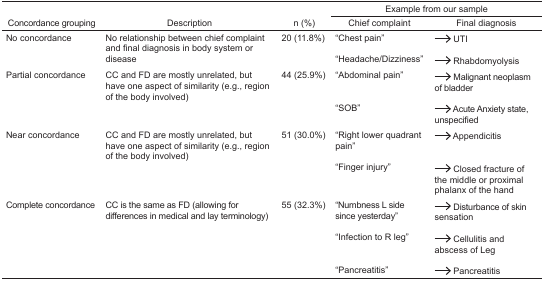
|  |  |  | <COLSPAN=2> Example from our sample |
 | Concordance grouping | Description | n (%) | Chief complaint | Final diagnosis |
 | --- | --- | --- | --- | --- |
 | <ROWSPAN=2> No concordance | <ROWSPAN=2> No relationship between chief complaint and final diagnosis in body system or disease | <ROWSPAN=2> 20 (11.8%) | “Chest pain” | →UTI |
 | “Headache/Dizziness” | →Rhabdomyolysis |
 | <ROWSPAN=2> Partial concordance | <ROWSPAN=2> CC and FD are mostly unrelated, but have one aspect of similarity (e.g., region of the body involved) | <ROWSPAN=2> 44 (25.9%) | “Abdominal pain” | →Malignant neoplasm of bladder |
 | “SOB” | →Acute Anxiety state, unspecified |
 | <ROWSPAN=2> Near concordance | <ROWSPAN=2> CC and FD are mostly unrelated, but have one aspect of similarity (e.g., region of the body involved) | <ROWSPAN=2> 51 (30.0%) | “Right lower quadrant pain” | →Appendicitis |
 | “Finger injury” | →Closed fracture of the middle or proximal phalanx of the hand |
 | <ROWSPAN=3> Complete concordance | <ROWSPAN=3> CC is the same as FD (allowing for differences in medical and lay terminology) | <ROWSPAN=3> 55 (32.3%) | “Numbness L side since yesterday” | →Disturbance of skin sensation |
 | “Infection to R leg” | →Cellulitis and abscess of Leg |
 | “Pancreatitis” | →Pancreatitis |